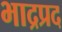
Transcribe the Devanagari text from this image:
भाद्रप्रद